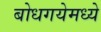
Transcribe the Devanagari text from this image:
बोधगयेमध्ये